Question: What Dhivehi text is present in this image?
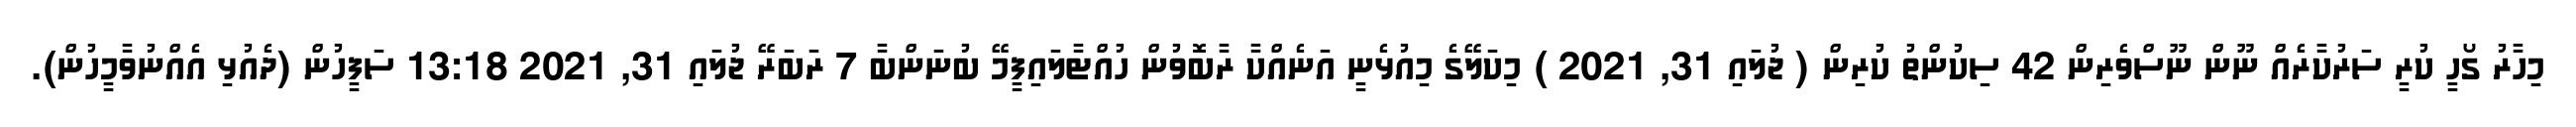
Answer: މިހާރު ގޯހީ ކުރީ ސަރުކާރެއް ނޫން ނޫސްވެރިން 42 ސިކުންތު ކުރިން ( ޖުލައި 31, 2021 ) މިކަލޭގެ މިއުޅެނީ އަނެއްކާ ރާބޮވުން ހުއްޓާލައިފީމޭ ބުނަންބާ 7 ރަބަރޭ ޖުލައި 31, 2021 13:18 ސަފީހުން (ދެއުޅި އެއްނުވާމީހުން).